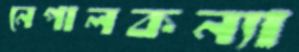
নেপালকন্যা